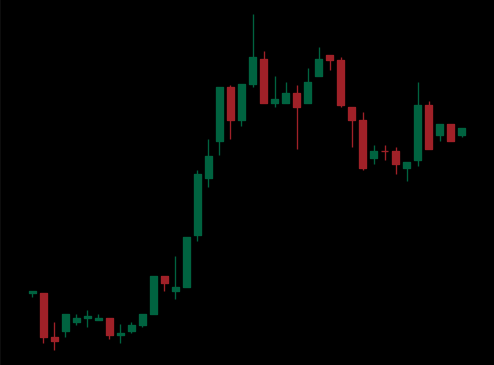
Pattern: bear_flag